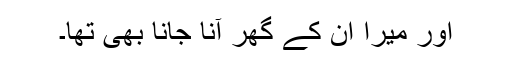
اور میرا ان کے گھر آنا جانا بھی تھا۔